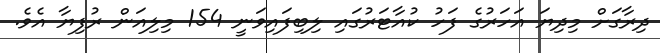
ދިރާގަށް މިދިޔަ އަހަރުގެ ފަހު ކުއާޓަރުގައި ލިބިފައިވަނީ 154 މިލިއަން ރުފިޔާ އެވެ.